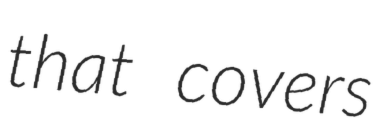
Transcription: that covers